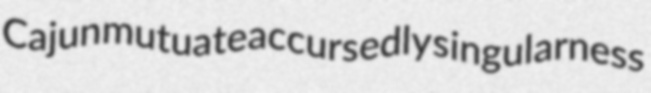
Cajun mutuate accursedly singularness